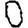
Digit: 0